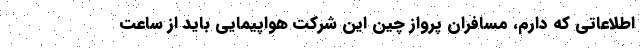
اطلاعاتی که دارم، مسافران پرواز چین این شرکت هواپیمایی باید از ساعت